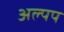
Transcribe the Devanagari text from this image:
अल्पप